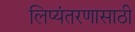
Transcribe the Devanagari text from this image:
लिप्यंतरणासाठी